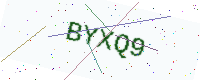
Text: BYXQ9